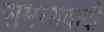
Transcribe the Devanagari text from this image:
समन्यवादी